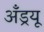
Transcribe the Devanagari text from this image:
अँड्रयू